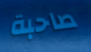
صاحبة